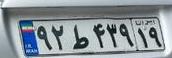
۹۲ط۴۳۹۱۹